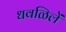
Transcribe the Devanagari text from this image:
धवळिलें